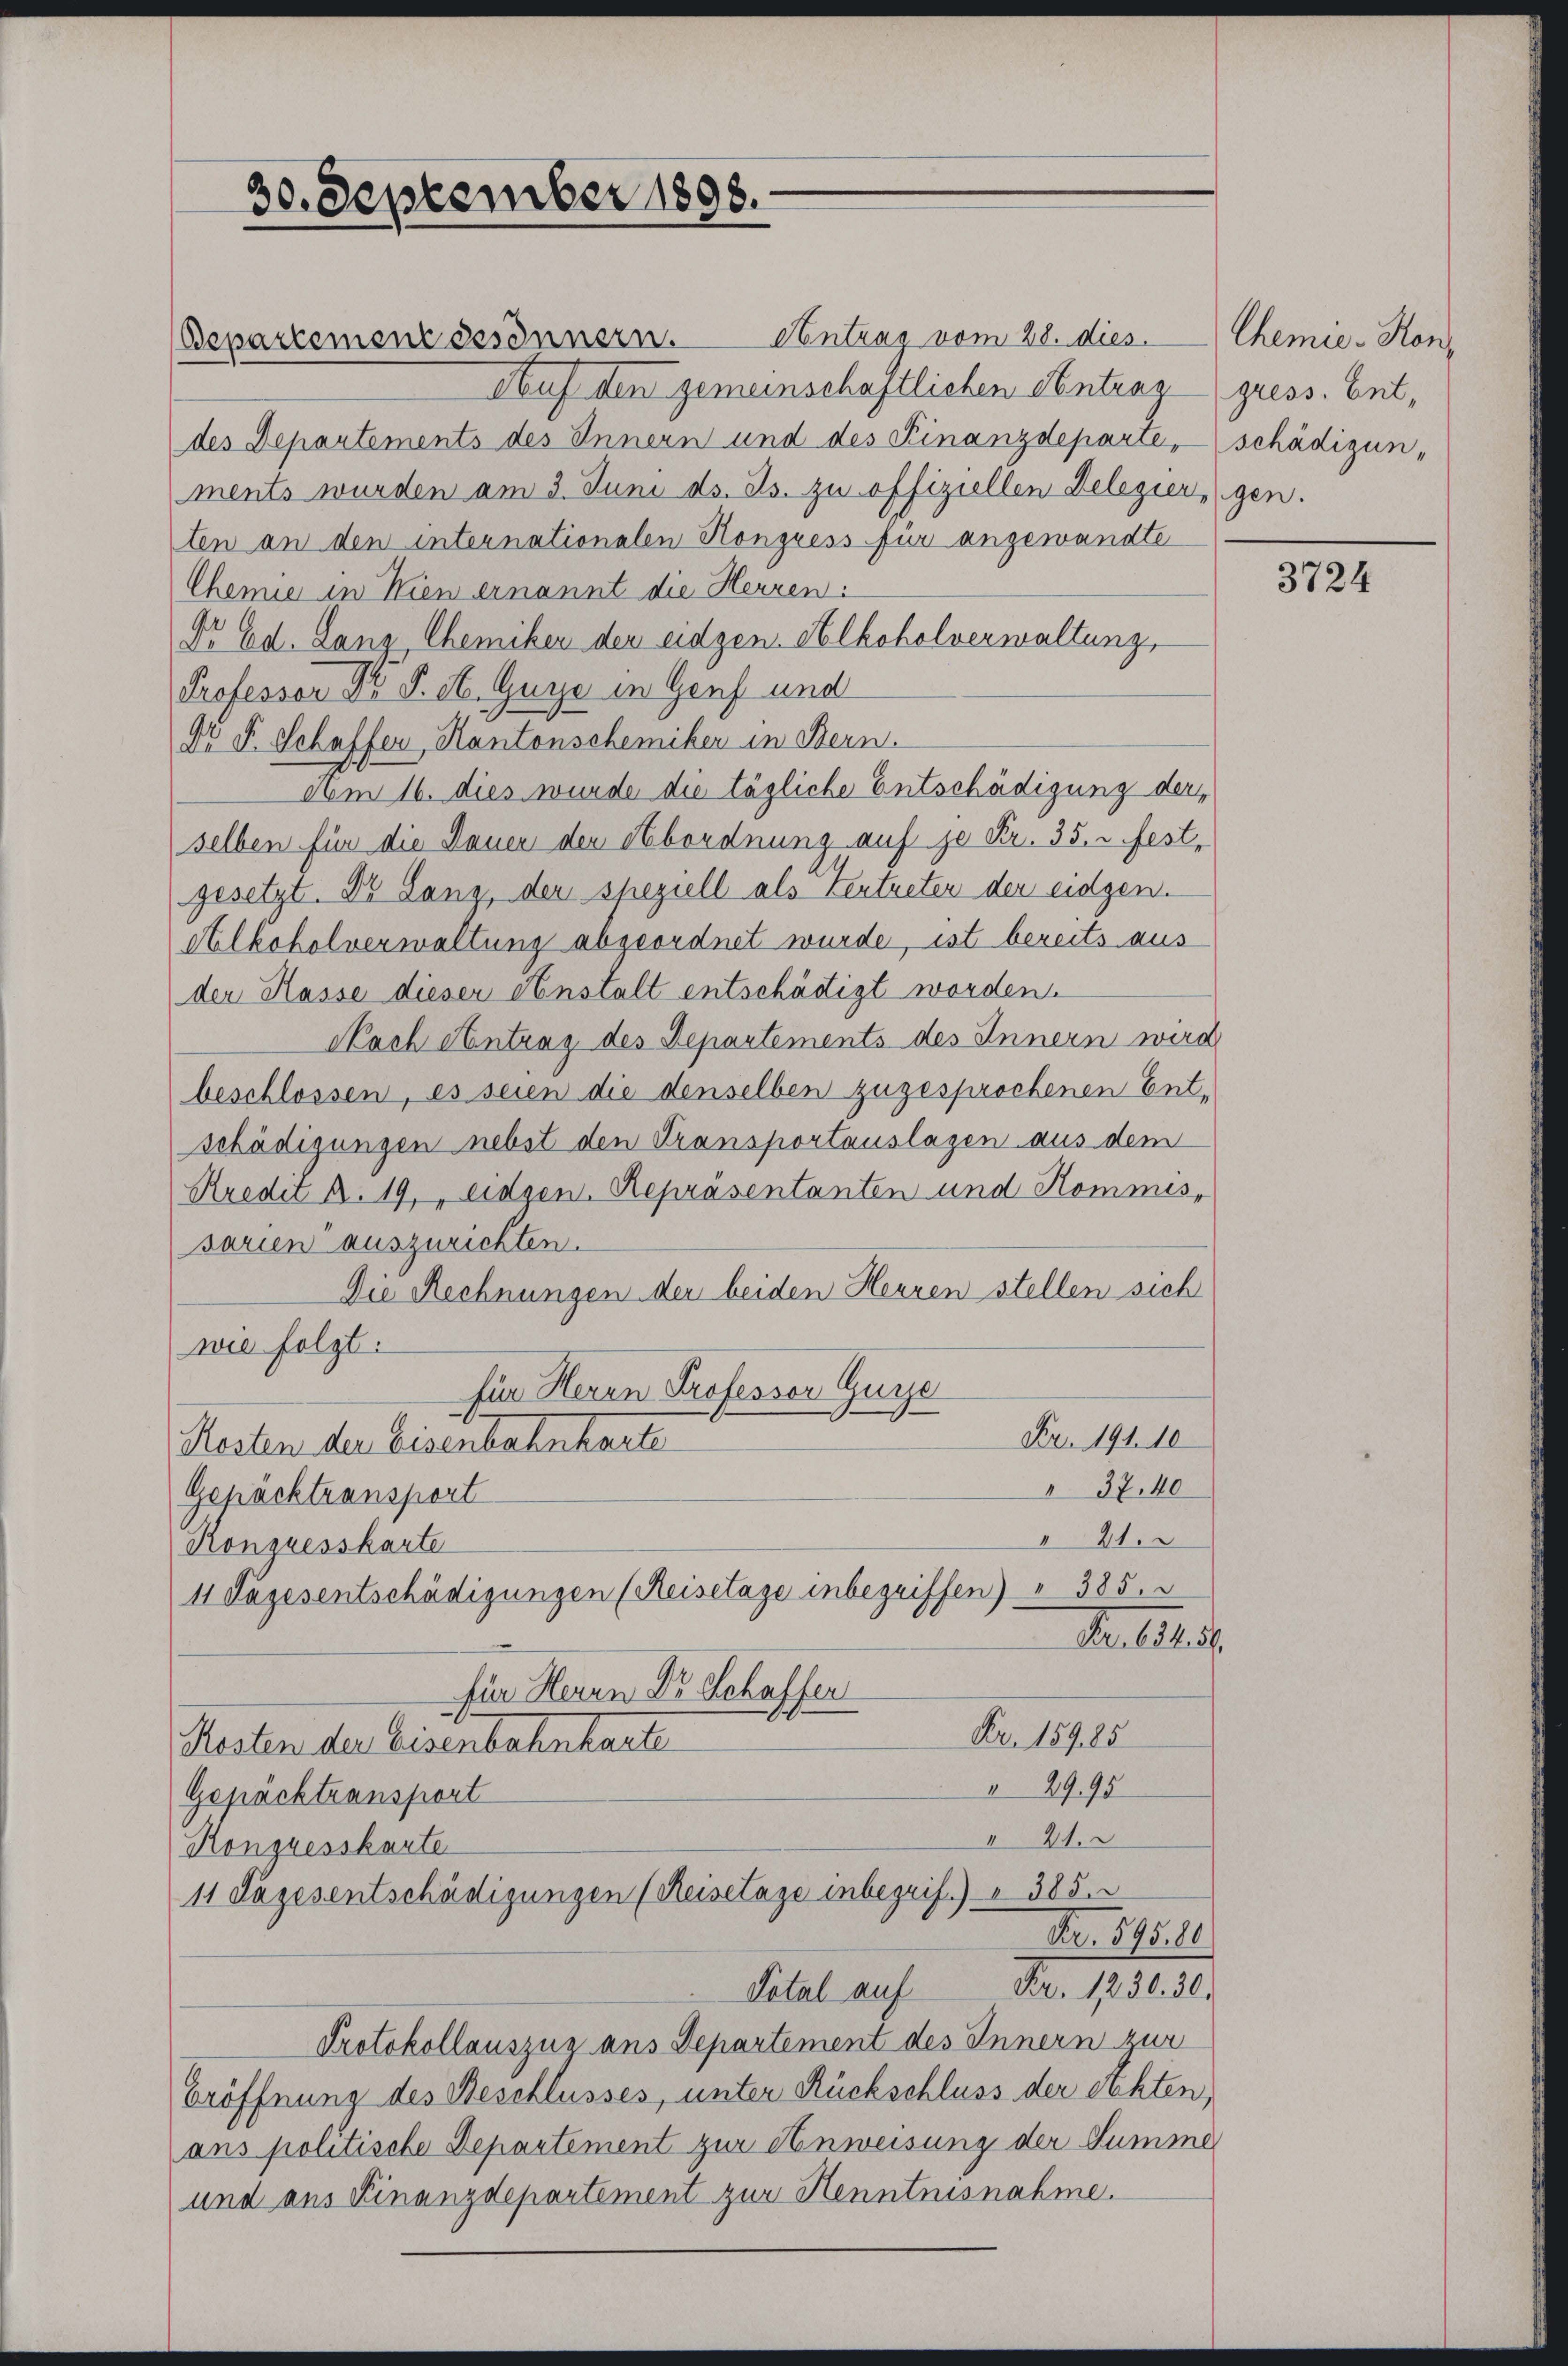
30. September 1898.

Antrag vom 28. dies
Bepartement desinnern.
Auf den gemeinschaftlichen Antrag gress. Ent,
des Departements des Innern und des Finanzdeparte, schädigun-
ments wurden am 3. Juni ds. Js. zu offiziellen Delegier, gen.
ten an den internationalen Kongress für angewandte
Chemie in Wien ernannt die Herren:
Dr Ed. Lang Chemiker der eidgen. Alkohelverwaltung,
Professor Dr J. A. Guye in Genf und
Dr. F. Schaffer, Kantonschemiker in Bern.
vom 16. dies wurde die tägliche Entschädigung der
selben für die Dauer den Abordnung auf je Fr. 35. u. fest,
gesetzt. Dr. Lanz, der speziell als Vertreten der eidgen.
Alkoholverwaltung abgeordnet wurde, ist bereits aus
der Kasse dieser Anstalt entschädigt worden
Nach Antrag des Departements des Innern wird
beschlossen, es seien die denselben zugesprochenen Ent-
schädigungen nebst den Transportauslagen aus dem
Kredit A. 19, eidgen. Repräsentanten und Kommis-
sarien auszurichten.
Die Rechnungen der beiden Heuren stellen sich
wie folgt.
für Herrn Professor Gugge
Fr. 191. 10
Resten der Eisenbahnkarte
37.40
Gepäcktransport
I 21.
Kongresskarte
11 Pazesentschädigungen (Reisetage inbegriffen) " 385.
Nr. 1811.
für Herrn Dr Schaffen
Nr. 15905
Resten der Eisenbahnbarte
2995
Gepäcktransport
II 21.
Kongresskarte
11 Tagesentschädigungen (Reisetage inbegrif.) § 385.
Fr. 595. 80
Total auf Fr. 1230. 30.
Protokollauszug aus Departement des Innern zur
Eröffnung des Beschlusses, unter Rückschluss der echten,
ans politische Departement zur Anweisung der Summe
und aus Finanzdepartement zur Henntnisnahme.

Chemie-Hon¬

3724